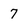
Character: 7